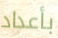
بأعداد